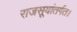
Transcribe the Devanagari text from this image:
राजसूयांतर्गत।